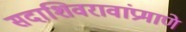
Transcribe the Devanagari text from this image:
सदाशिवरावांप्रमाणेे